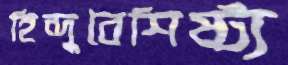
হিন্দুবৈশিষ্ট্য